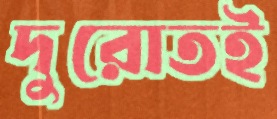
দুরোতই